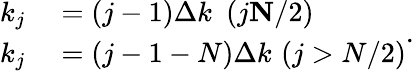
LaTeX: \begin{array}{r}{\begin{array}{rl}{k_{j}}&{{}=(j-1)\Delta k\, \, \, (j\le N/2)}\\ {k_{j}}&{{}=(j-1-N)\Delta k\, \, (j>N/2)}\end{array}.}\end{array}